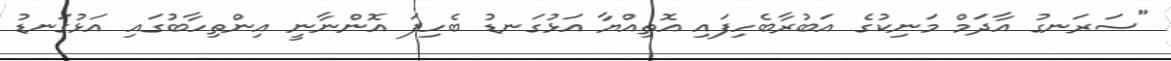
"ސަރަނގު އާދަމް މަނިކުގެ އަބުރާބެހިފައި އޮތިއްޔާ އަޅުގަނޑު ބެހިފަ އޮންނާނީ އިންތިހާބުގައި އަޅުގަނޑު